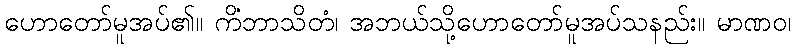
ဟောတော်မူအပ်၏။ ကိံဘာသိတံ၊ အဘယ်သို့ဟောတော်မူအပ်သနည်း။ မာဏဝ၊